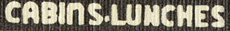
CABINS.LUNCHES